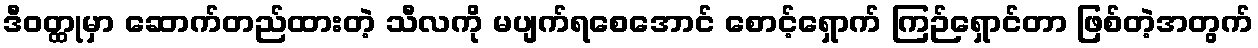
ဒီဝတ္ထုမှာ ဆောက်တည်ထားတဲ့ သီလကို မပျက်ရစေအောင် စောင့်ရှောက် ကြဉ်ရှောင်တာ ဖြစ်တဲ့အတွက်